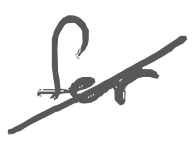
Text: for
Cross-out: diagonal
Writing tool: digital_gray